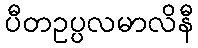
ပီတဥပ္ပလမာလိနီ